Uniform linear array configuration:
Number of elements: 64
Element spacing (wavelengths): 0.25
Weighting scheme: binomial
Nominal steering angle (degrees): -45
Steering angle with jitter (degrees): -44.692
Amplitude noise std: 0.05
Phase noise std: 0.05

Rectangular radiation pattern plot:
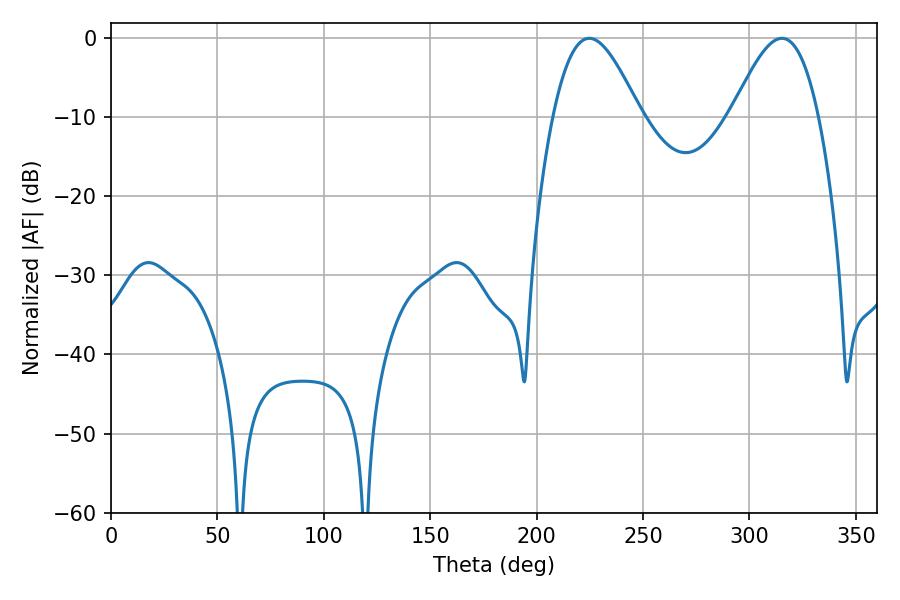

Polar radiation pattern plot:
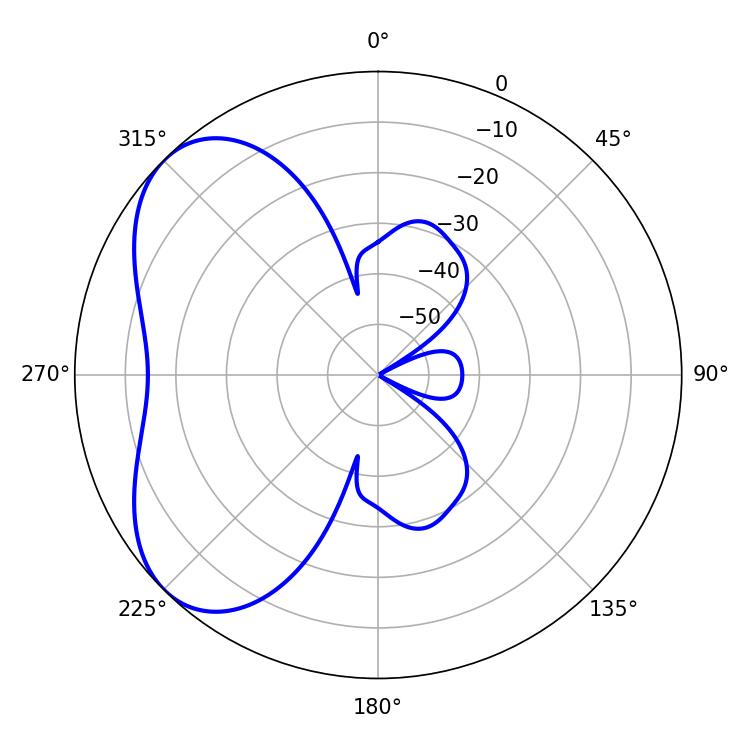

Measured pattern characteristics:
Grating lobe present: FALSE
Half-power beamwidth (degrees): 21.96
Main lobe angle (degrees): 224.82